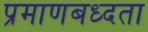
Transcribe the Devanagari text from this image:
प्रमाणबध्दता